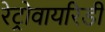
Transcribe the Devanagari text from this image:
रेट्रोवायरिडी